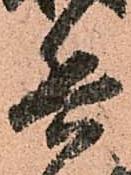
兵